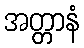
အတ္တာနံ